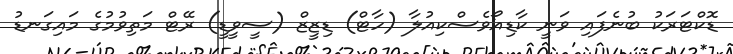
ޑޮކްޓަރަކު ބުނެފައި ވަނީ ކާޑިއޯވެސްކިއުލާ (ހާޓް) ޑިޒީޒް (ސީވީޑީ) ރޭޓް މަތިވުމުގެ މައިގަނޑު